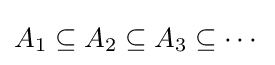
A_{1}\subseteq A_{2}\subseteq A_{3}\subseteq \cdots